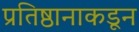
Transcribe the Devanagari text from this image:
प्रतिष्ठानाकडून